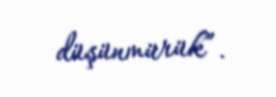
düşünmürük”.